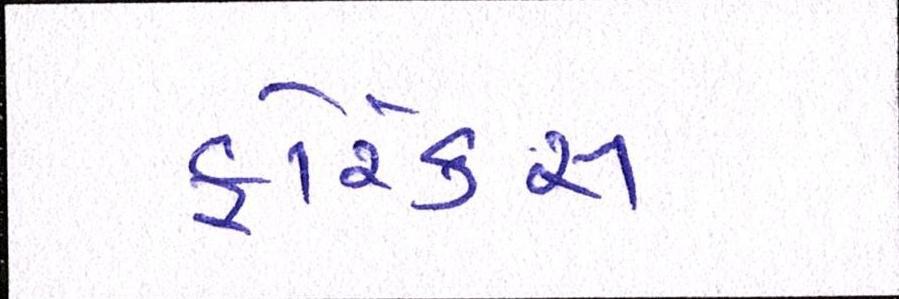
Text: ફોરેક્સ